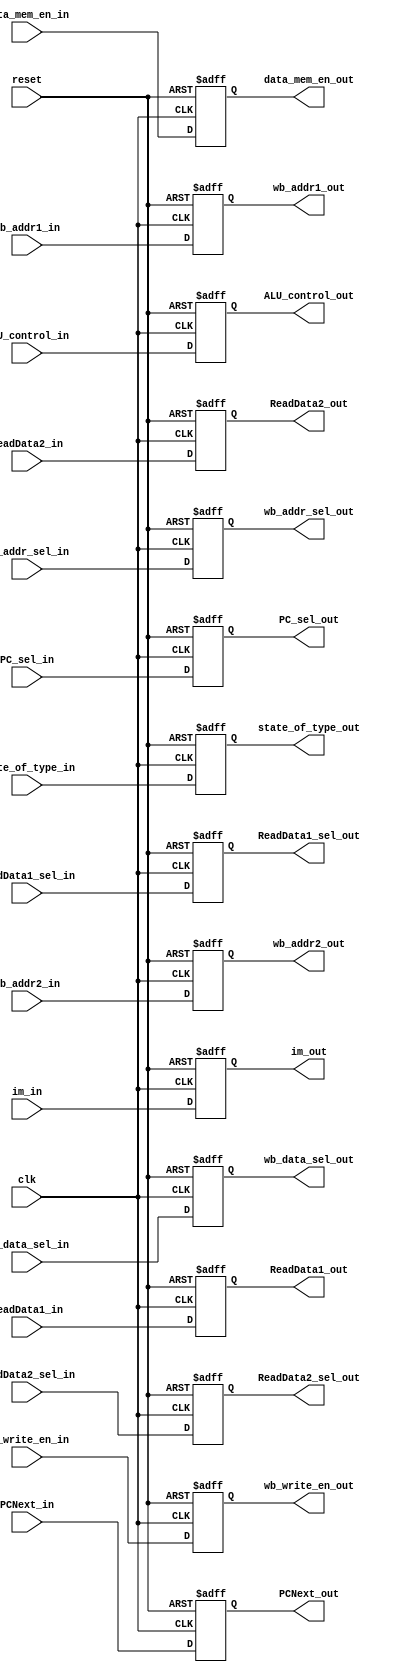
module ID_EX_reg(
	clk,
	reset,
	PCNext_in,
	ReadData1_in,
	ReadData2_in,
	state_of_type_in,
	ALU_control_in,
	data_mem_en_in,
	im_in,
	ReadData1_sel_in,
	ReadData2_sel_in,
	wb_data_sel_in,
	PC_sel_in,
	wb_addr_sel_in,
	wb_write_en_in,
	wb_addr1_in,
	wb_addr2_in,
	PCNext_out,
	ReadData1_out,
	ReadData2_out,
	state_of_type_out,
	ALU_control_out,
	data_mem_en_out,
	im_out,
	ReadData1_sel_out,
	ReadData2_sel_out,
	wb_data_sel_out,
	PC_sel_out,
	wb_addr_sel_out,
	wb_write_en_out,
	wb_addr1_out,
	wb_addr2_out
	);
	
	input clk, reset;
	input [31:0] PCNext_in;
	input [31:0] ReadData1_in, ReadData2_in, im_in;
	input [1:0] state_of_type_in;
	input [3:0] ALU_control_in;
	input data_mem_en_in;
	input ReadData1_sel_in;
	input ReadData2_sel_in;
	input wb_data_sel_in;
	input PC_sel_in;
	input wb_addr_sel_in;
	input wb_write_en_in;
	input [4:0] wb_addr1_in;
	input [4:0] wb_addr2_in;

	output [31:0] PCNext_out;
	output [31:0] ReadData1_out, ReadData2_out, im_out;
	output [1:0] state_of_type_out;
	output [3:0] ALU_control_out;
	output data_mem_en_out;
	output ReadData1_sel_out;
	output ReadData2_sel_out;
	output wb_data_sel_out;
	output PC_sel_out;
	output wb_addr_sel_out;
	output wb_write_en_out;
	output [4:0] wb_addr1_out;
	output [4:0] wb_addr2_out;

	reg [31:0] PCNext_out;
	reg [31:0] ReadData1_out, ReadData2_out, im_out;
	reg [1:0] state_of_type_out;
	reg [3:0] ALU_control_out;
	reg data_mem_en_out;
	reg ReadData1_sel_out;
	reg ReadData2_sel_out;
	reg wb_data_sel_out;
	reg PC_sel_out;
	reg wb_addr_sel_out;
	reg wb_write_en_out;
	reg [4:0] wb_addr1_out;
	reg [4:0] wb_addr2_out;


	always @(posedge clk or negedge reset)
    begin
    	if (~reset)begin
    		PCNext_out <= 32'd0;
			ReadData1_out <= 32'd0;
			ReadData2_out <= 32'd0;
			im_out <= 32'd0;
			state_of_type_out <= 2'd0;
			ALU_control_out <= 4'd0;
			data_mem_en_out <= 1'd0;
			ReadData1_sel_out <= 1'b0;
			ReadData2_sel_out <= 1'b0;
			wb_data_sel_out <= 1'b0;
			PC_sel_out <= 1'b0;
			wb_addr_sel_out <= 1'b0;
			wb_write_en_out <= 1'b0;
			wb_addr1_out <= 5'd0;
			wb_addr2_out <= 5'd0;
    	end
    	else begin
			PCNext_out <= PCNext_in;
			ReadData1_out <= ReadData1_in;
			ReadData2_out <= ReadData2_in;
			im_out <= im_in;
			state_of_type_out <= state_of_type_in;
			ALU_control_out <= ALU_control_in;
			data_mem_en_out <= data_mem_en_in;
    		ReadData1_sel_out <= ReadData1_sel_in;
			ReadData2_sel_out <= ReadData2_sel_in;
    		wb_data_sel_out <= wb_data_sel_in;
			PC_sel_out <= PC_sel_in;
			wb_addr_sel_out <= wb_addr_sel_in;
			wb_write_en_out <= wb_write_en_in;
			wb_addr1_out <= wb_addr1_in;
			wb_addr2_out <= wb_addr2_in;
    	end
    end


endmodule